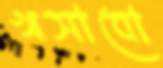
খসাবো